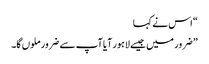
“ اس نے کہا
” ضرور میں جیسے لاہور آیا آپ سے ضرور ملوں گا۔